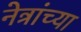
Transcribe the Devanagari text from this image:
नेत्रांच्या